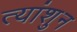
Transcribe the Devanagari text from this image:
त्यांशुन